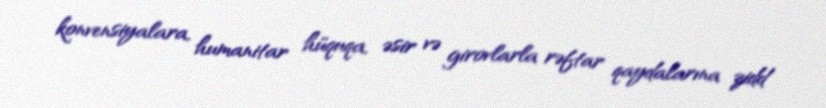
konvensiyalara, humanitar hüquqa, əsir və girovlarla rəftar qaydalarına zidd